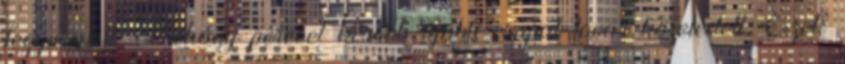
fegyvervolt. Néhány perccel később újabb csapat lovas közeledett. Ezek